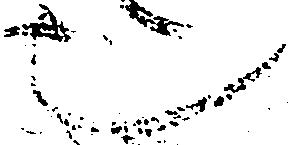
也